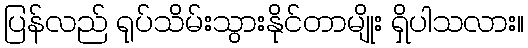
ပြန်လည် ရုပ်သိမ်းသွားနိုင်တာမျိုး ရှိပါသလား။